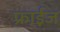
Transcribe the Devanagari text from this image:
फ्राईज